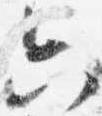
六